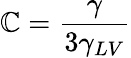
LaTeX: \mathbb{C}={\frac{{\gamma}}{{3\gamma_{LV}}}}